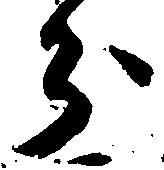
分